Report on vaccination North-West Frontier Province 1904-1922 - 1904-1922
Year: 1904
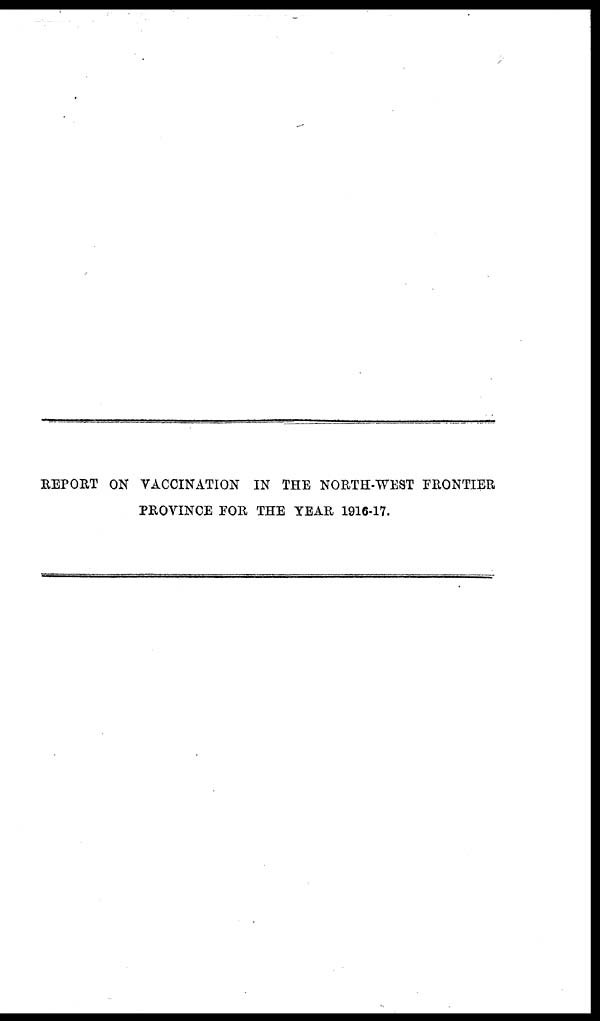
REPORT ON VACCINATION IN THE NORTH-WEST FRONTIER
PROVINCE FOR THE YEAR 1916-17.